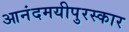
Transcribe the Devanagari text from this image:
आनंदमयीपुरस्कार